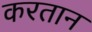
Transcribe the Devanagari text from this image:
करतान